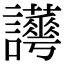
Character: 𧮉